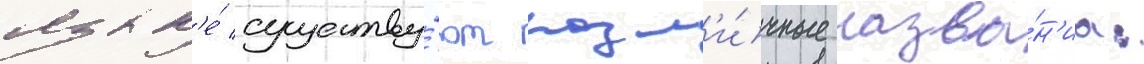
язык'е́ существу́ют разл'и́чные назва́н'иа: